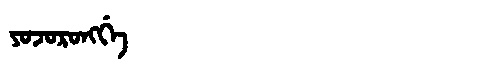
Manchu: ᠶᠣᠵᠣᡵᠣᠩᡤᡝ
Romanization: YOJORONGGE